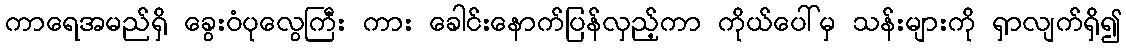
ကာရေအမည်ရှိ ခွေးဝံပုလွေကြီး ကား ခေါင်းနောက်ပြန်လှည့်ကာ ကိုယ်ပေါ်မှ သန်းများကို ရှာလျက်ရှိ၍